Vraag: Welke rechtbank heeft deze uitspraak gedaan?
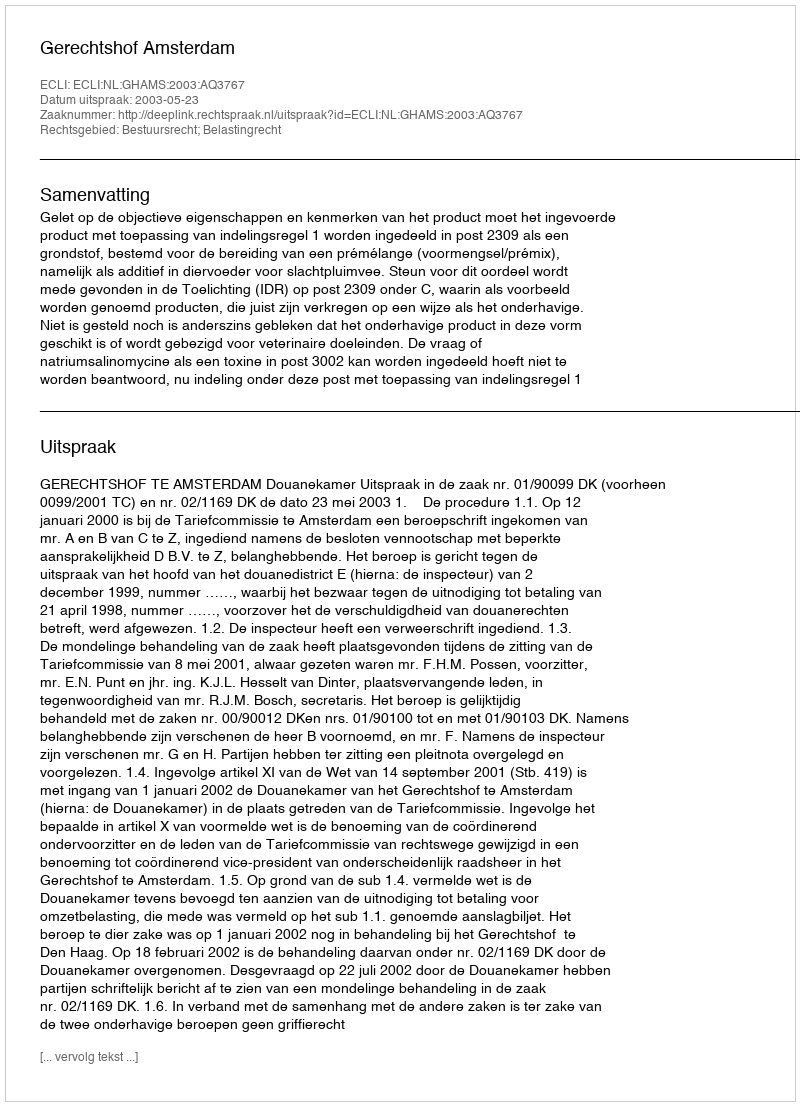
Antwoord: Gerechtshof Amsterdam